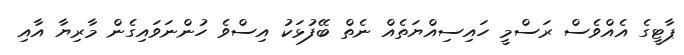
ޕާޓީގެ އެއްވެސް ރަސްމީ ހައިސިއްޔަތެއް ނެތް ބޭފުޅަކު އިސްވެ ހުންނަވައިގެން މާރިޔާ އާއި